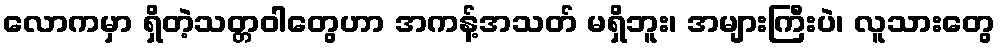
လောကမှာ ရှိတဲ့သတ္တဝါတွေဟာ အကန့်အသတ် မရှိဘူး၊ အများကြီးပဲ၊ လူသားတွေ